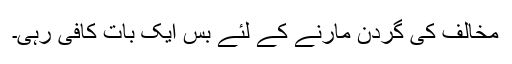
مخالف کی گردن مارنے کے لئے بس ایک بات کافی رہی۔